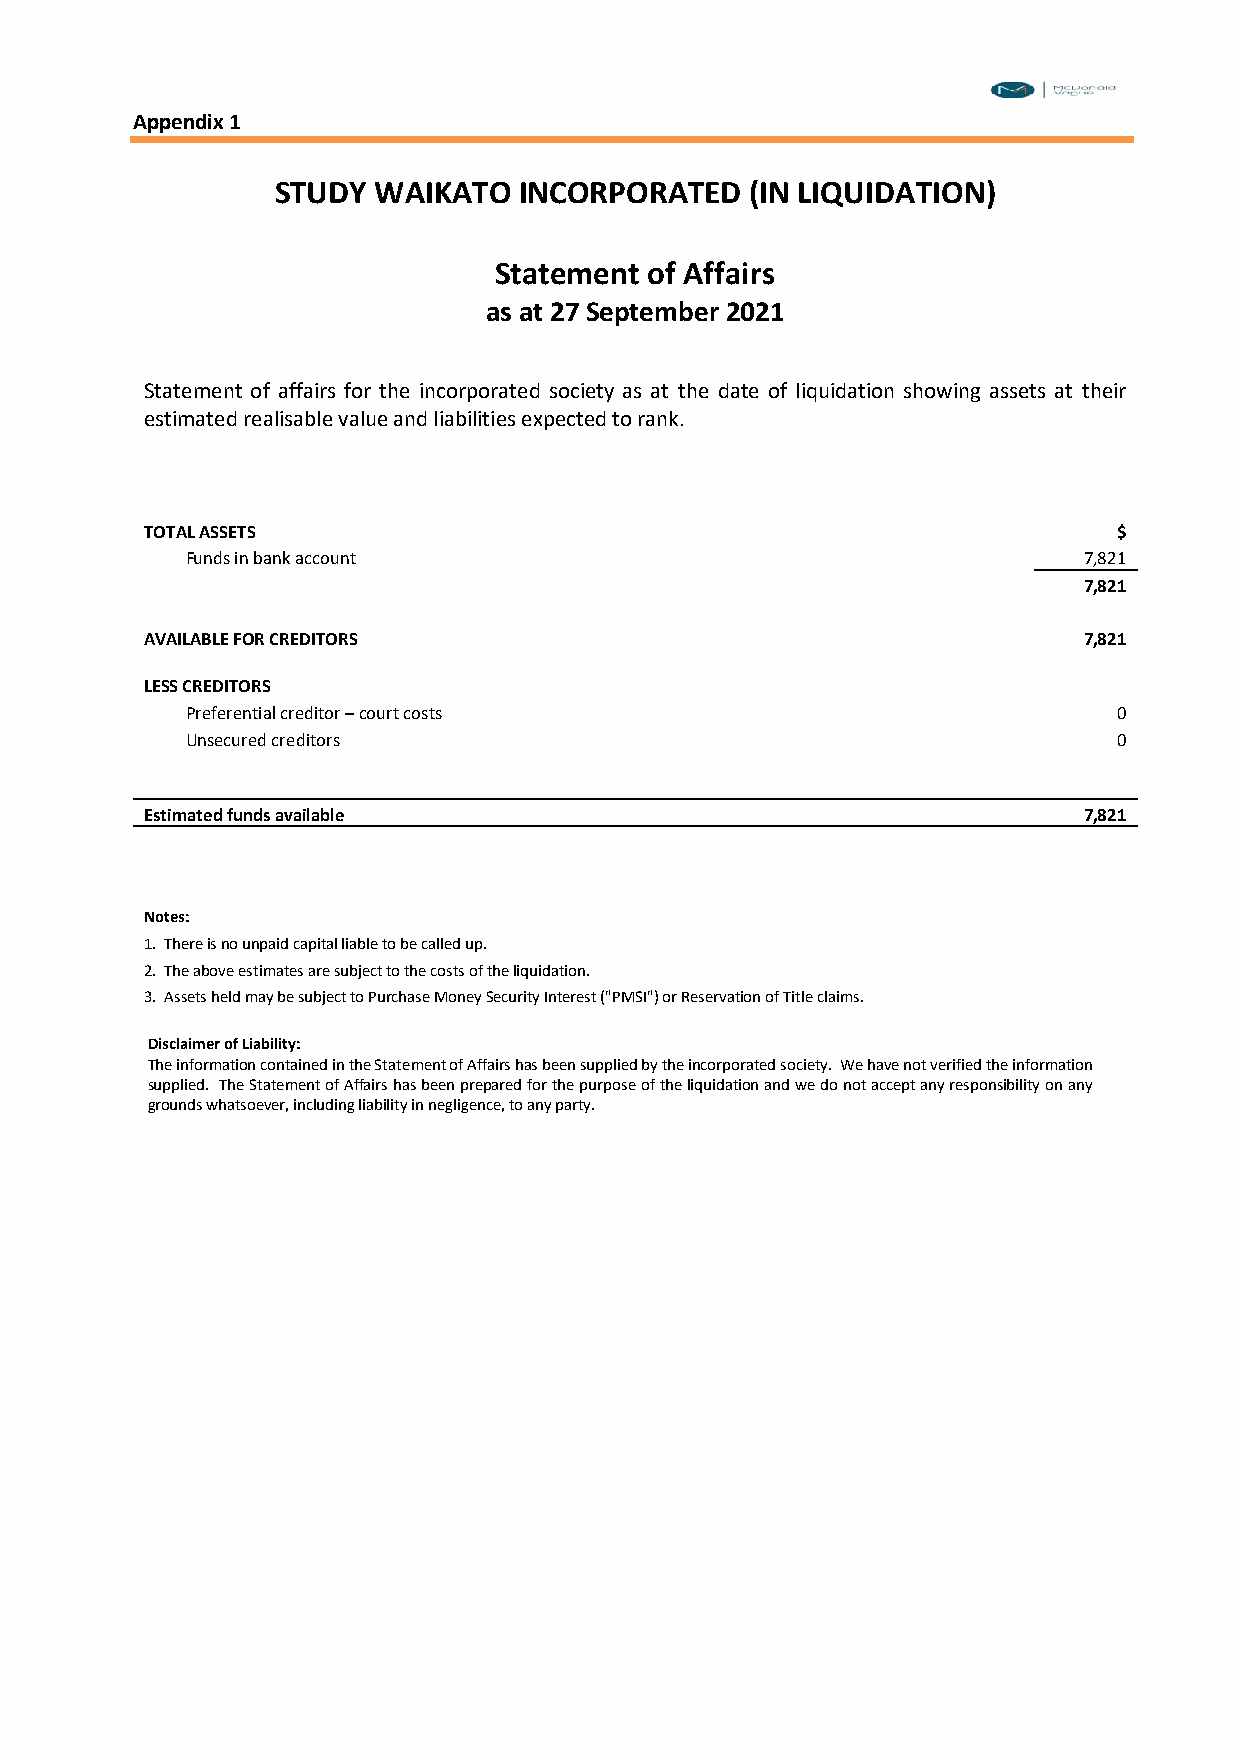
Appendix 1
 STUDY  WAIKATO  INCORPORATED    (IN LIQUIDATION)
 Statement of Affairs
 as at 27 September 2021
 Statement of affairs for the incorporated society as at the date of liquidation showing assets at their
 estimated realisable value and liabilities expected to rank.
 TOTAL ASSETS                                                    $
 Funds in bank account                                       7,821
 7,821
 AVAILABLE FOR CREDITORS                                       7,821
 LESS CREDITORS
 Preferential creditor – court costs                           0
 Unsecured creditors                                           0
 Estimated funds available                                     7,821
 Notes:
 1. There is no unpaid capital liable to be called up.
 2. The above estimates are subject to the costs of the liquidation.
 3. Assets held may be subject to Purchase Money Security Interest ("PMSI") or Reservation of Title claims.
 Disclaimer of Liability:
 The information contained in the Statement of Affairs has been supplied by the incorporated society. We have not verified the information
 supplied. The Statement of Affairs has been prepared for the purpose of the liquidation and we do not accept any responsibility on any
 grounds whatsoever, including liability in negligence, to any party.